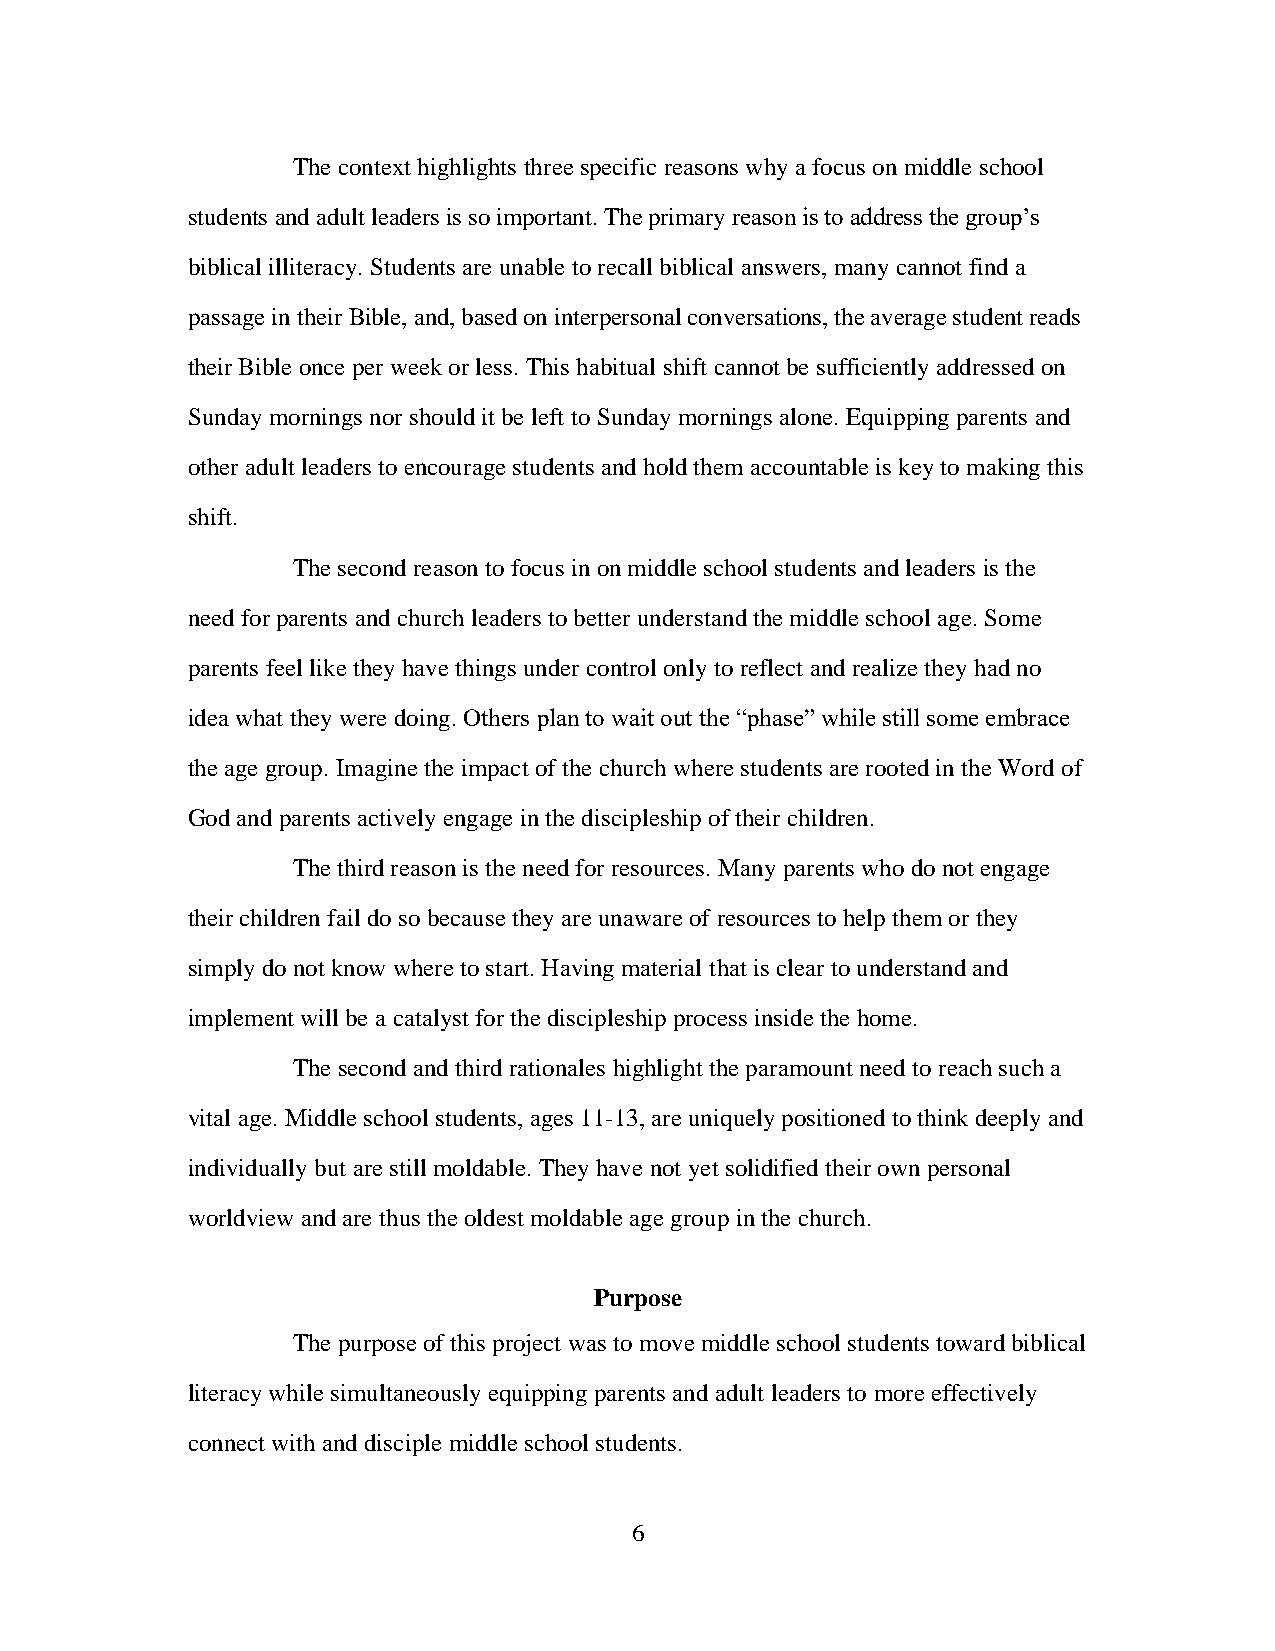
The context highlights three specific reasons why a focus on middle school
 students and adult leaders is so important. The primary reason is to address the group’s
 biblical illiteracy. Students are unable to recall biblical answers, many cannot find a
 passage in their Bible, and, based on interpersonal conversations, the average student reads
 their Bible once per week or less. This habitual shift cannot be sufficiently addressed on
 Sunday mornings nor should it be left to Sunday mornings alone. Equipping parents and
 other adult leaders to encourage students and hold them accountable is key to making this
 shift.
 The second reason to focus in on middle school students and leaders is the
 need for parents and church leaders to better understand the middle school age. Some
 parents feel like they have things under control only to reflect and realize they had no
 idea what they were doing. Others plan to wait out the “phase” while still some embrace
 the age group. Imagine the impact of the church where students are rooted in the Word of
 God and parents actively engage in the discipleship of their children.
 The third reason is the need for resources. Many parents who do not engage
 their children fail do so because they are unaware of resources to help them or they
 simply do not know where to start. Having material that is clear to understand and
 implement will be a catalyst for the discipleship process inside the home.
 The second and third rationales highlight the paramount need to reach such a
 vital age. Middle school students, ages 11-13, are uniquely positioned to think deeply and
 individually but are still moldable. They have not yet solidified their own personal
 worldview and are thus the oldest moldable age group in the church.
 Purpose
 The purpose of this project was to move middle school students toward biblical
 literacy while simultaneously equipping parents and adult leaders to more effectively
 connect with and disciple middle school students.
 6